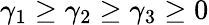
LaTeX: \gamma_{1}\geq\gamma_{2}\geq\gamma_{3}\geq 0